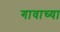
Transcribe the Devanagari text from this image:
गावाच्‍या